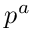
p ^ { { a } }